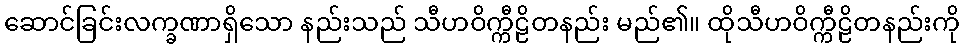
ဆောင်ခြင်းလက္ခဏာရှိသော နည်းသည် သီဟဝိက္ကီဠိတနည်း မည်၏။ ထိုသီဟဝိက္ကီဠိတနည်းကို